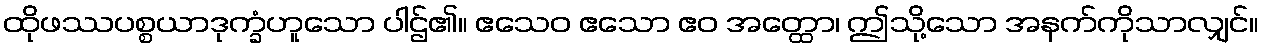
ထိုဖဿပစ္စယာဒုက္ခံဟူသော ပါဌ်၏။ ဧသေဝ ဧသော ဧဝ အတ္ထော၊ ဤသို့သော အနက်ကိုသာလျှင်။